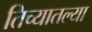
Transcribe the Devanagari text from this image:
तिच्यातल्या